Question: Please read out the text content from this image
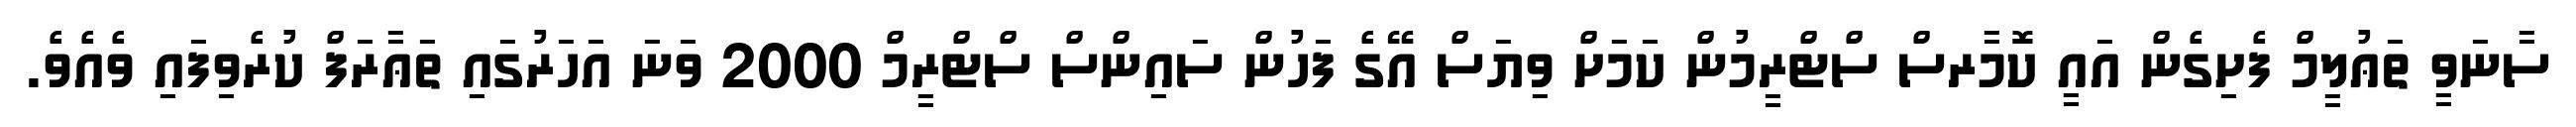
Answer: ސާނަވީ ތަޢުލީމް ފެށިގެން އައީ ކޮމާރސް ސްޓްރީމުން ކަމަށް ވިޔަސް އޭގެ ފަހުން ސައިންސް ސްޓްރީމް 2000 ވަނަ އަހަރުގައި ތަޢާރަފް ކުރެވިފައި ވެއެވެ.